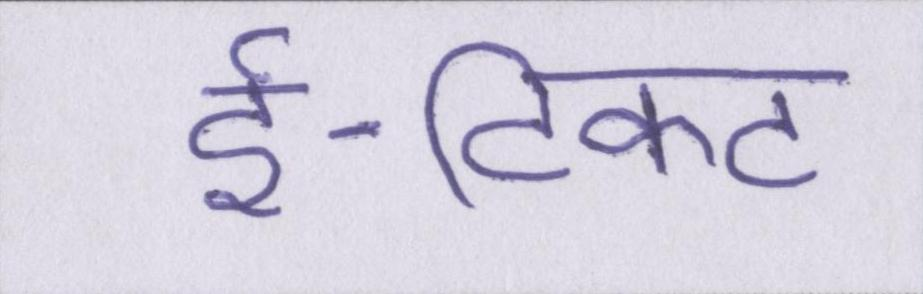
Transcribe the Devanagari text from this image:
ई-टिकट